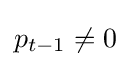
\textstyle p_{t-1}\neq \textstyle 0